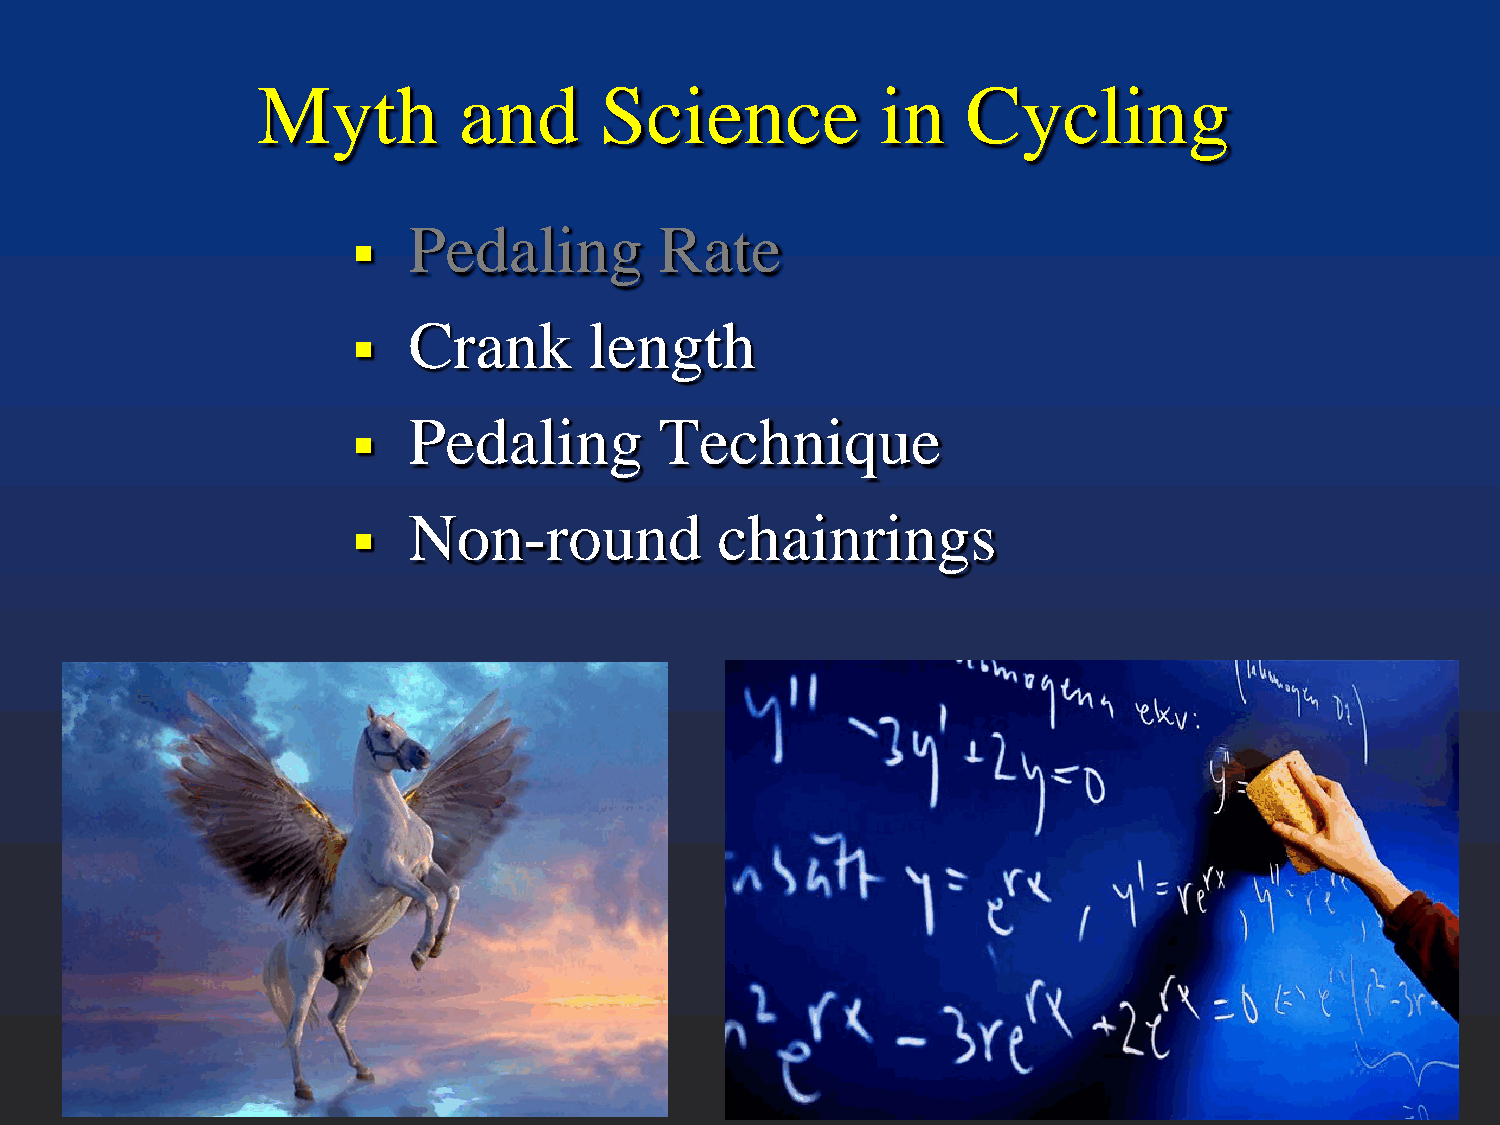
Myth         and       Science           in    Cycling
 Pedaling         Rate
 
 Crank       length
 
 Pedaling         Technique
 
 Non-round            chainrings
 